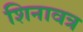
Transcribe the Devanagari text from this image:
शिनावत्र